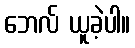
ဘေလ် ယူခဲ့ပါ။